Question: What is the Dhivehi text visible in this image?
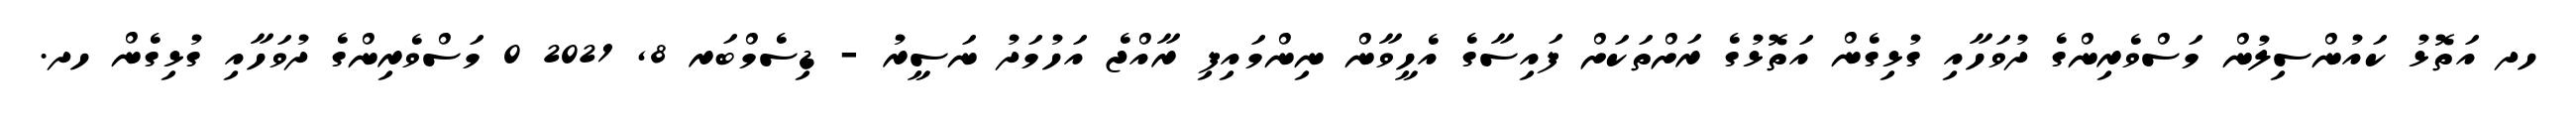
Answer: ހދ އަތޮޅު ކައުންސިލުން މަސްވެރިންގެ ދުވަހާއި ގުޅިގެން އަތޮޅުގެ ރަށްތަކަށް ފައިސާގެ އެހީވާން ނިންމައިފި ރާއްޖެ އަހުމަދު ނަސީރު - ޑިސެމްބަރ 8, 2021 0 މަސްވެރިންގެ ދުވަހާއި ގުޅިގެން ހދ.